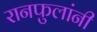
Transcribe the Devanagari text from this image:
रानफुलांनी